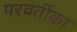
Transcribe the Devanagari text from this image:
परवर्तीका